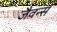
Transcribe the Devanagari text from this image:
जैवन्स